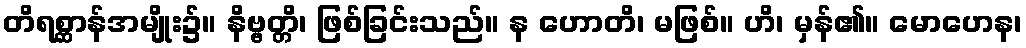
တိရစ္ဆာန်အမျိုး၌။ နိဗ္ဗတ္တိ၊ ဖြစ်ခြင်းသည်။ န ဟောတိ၊ မဖြစ်။ ဟိ၊ မှန်၏။ မောဟေန၊